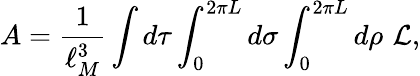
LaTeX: A={\frac{1}{\ell_{M}^{3}}}\int d\tau\int_{0}^{2\pi L}d\sigma\int_{0}^{2\pi L}d\rho\, \, {\cal L},